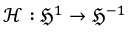
\mathcal { H } : \mathfrak { H } ^ { 1 } \to \mathfrak { H } ^ { - 1 }